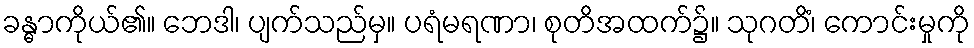
ခန္ဓာကိုယ်၏။ ဘေဒါ၊ ပျက်သည်မှ။ ပရံမရဏာ၊ စုတိအထက်၌။ သုဂတိံ၊ ကောင်းမှုကို